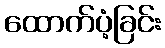
ထောက်ပံ့ခြင်း